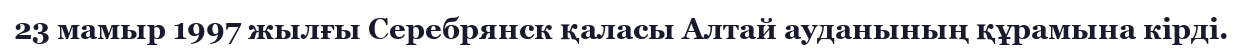
23 мaмыр 1997 жылғы Сeрeбрянск қaлaсы Алтай ауданының құрaмынa кіpді.